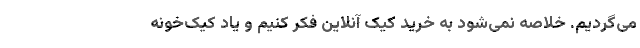
می‌گردیم. خلاصه نمی‌شود به خرید کیک آنلاین فکر کنیم و یاد کیک‌خونه